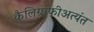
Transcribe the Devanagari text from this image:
कैलिग्राफीअत्यंत